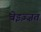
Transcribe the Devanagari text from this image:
बेइज़्ज़त